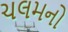
ચલમનો